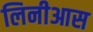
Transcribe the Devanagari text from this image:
लिनीआस